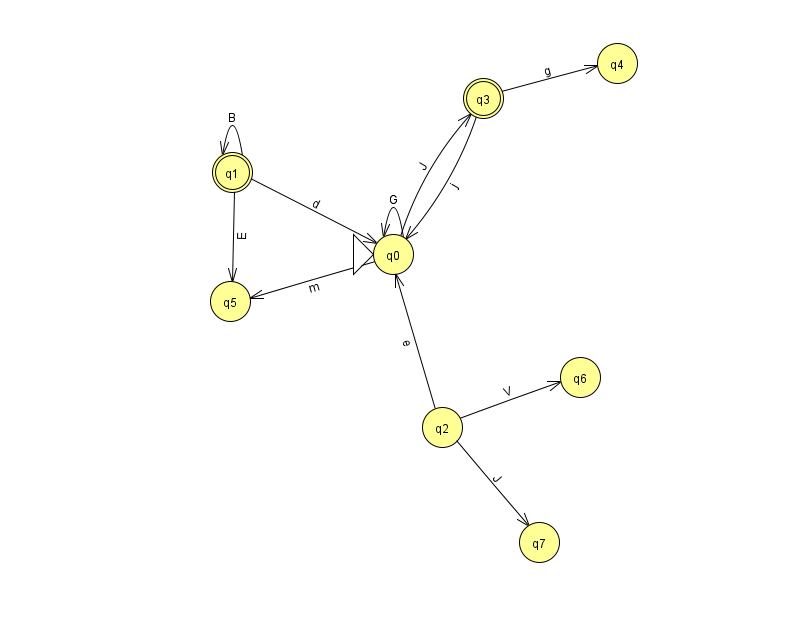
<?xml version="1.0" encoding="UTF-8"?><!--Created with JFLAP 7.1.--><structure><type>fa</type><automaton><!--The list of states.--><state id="0" name="q0"><x>393.0</x><y>241.0</y><initial/></state><state id="1" name="q1"><x>232.0</x><y>159.0</y><final/></state><state id="2" name="q2"><x>442.0</x><y>414.0</y></state><state id="3" name="q3"><x>483.0</x><y>85.0</y><final/></state><state id="4" name="q4"><x>617.0</x><y>50.0</y></state><state id="5" name="q5"><x>230.0</x><y>288.0</y></state><state id="6" name="q6"><x>580.0</x><y>364.0</y></state><state id="7" name="q7"><x>539.0</x><y>529.0</y></state><!--The list of transitions.--><transition><from>1</from><to>0</to><read>d</read></transition><transition><from>1</from><to>1</to><read>B</read></transition><transition><from>2</from><to>6</to><read>V</read></transition><transition><from>0</from><to>3</to><read>J</read></transition><transition><from>1</from><to>5</to><read>E</read></transition><transition><from>3</from><to>0</to><read>j</read></transition><transition><from>0</from><to>0</to><read>G</read></transition><transition><from>0</from><to>5</to><read>m</read></transition><transition><from>2</from><to>0</to><read>e</read></transition><transition><from>3</from><to>4</to><read>g</read></transition><transition><from>2</from><to>7</to><read>J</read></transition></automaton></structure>